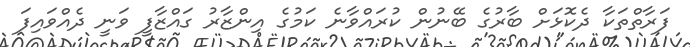
ފަރާތްތަކާ ދެކޮޅަށް ބާރުގެ ބޭނުން ކުރައްވާނެ ކަމުގެ އިންޒާރު ގައްޒާފީ ވަނީ ދެއްވައިފަ